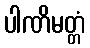
ပါဏိမတ္တံ